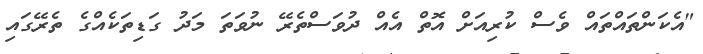
"އެކަންތައްތައް ވެސް ކުރިއަށް އޮތް އެއް ދުވަސްތެރޭ ނުވަތަ މަދު ގަޑިތަކެއްގެ ތެރޭގައި